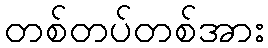
တစ်တပ်တစ်အား